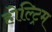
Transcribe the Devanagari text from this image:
होल्ट्रिम